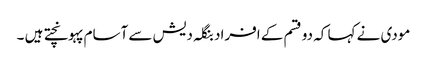
مودی نے کہا کہ دو قسم کے افراد بنگلہ دیش سے آسام پہونچتے ہیں ۔